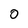
Character: 0